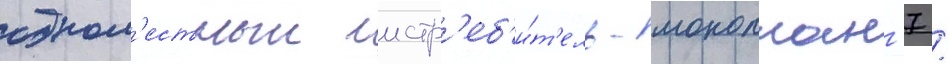
одном'естныи истр'еб'и́т'ель-моноплан -7 /